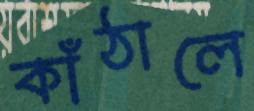
কাঁঠালে